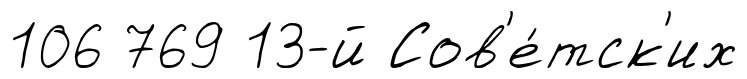
106 769 13-й Сов'е́тск'их